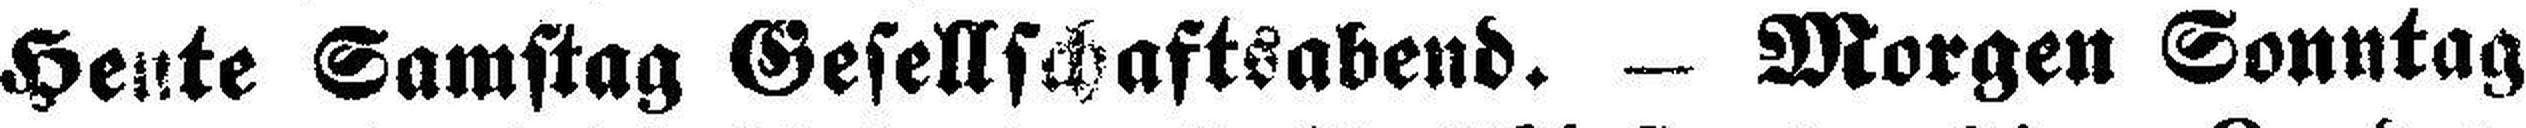
Heute Samstag Gesellschaftsabend. — Morgen Sonntag